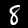
Label: 8